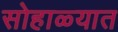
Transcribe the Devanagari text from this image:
सोहाळ्यात